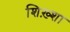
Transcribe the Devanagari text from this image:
शिख़्शा